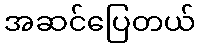
အဆင်ပြေတယ်